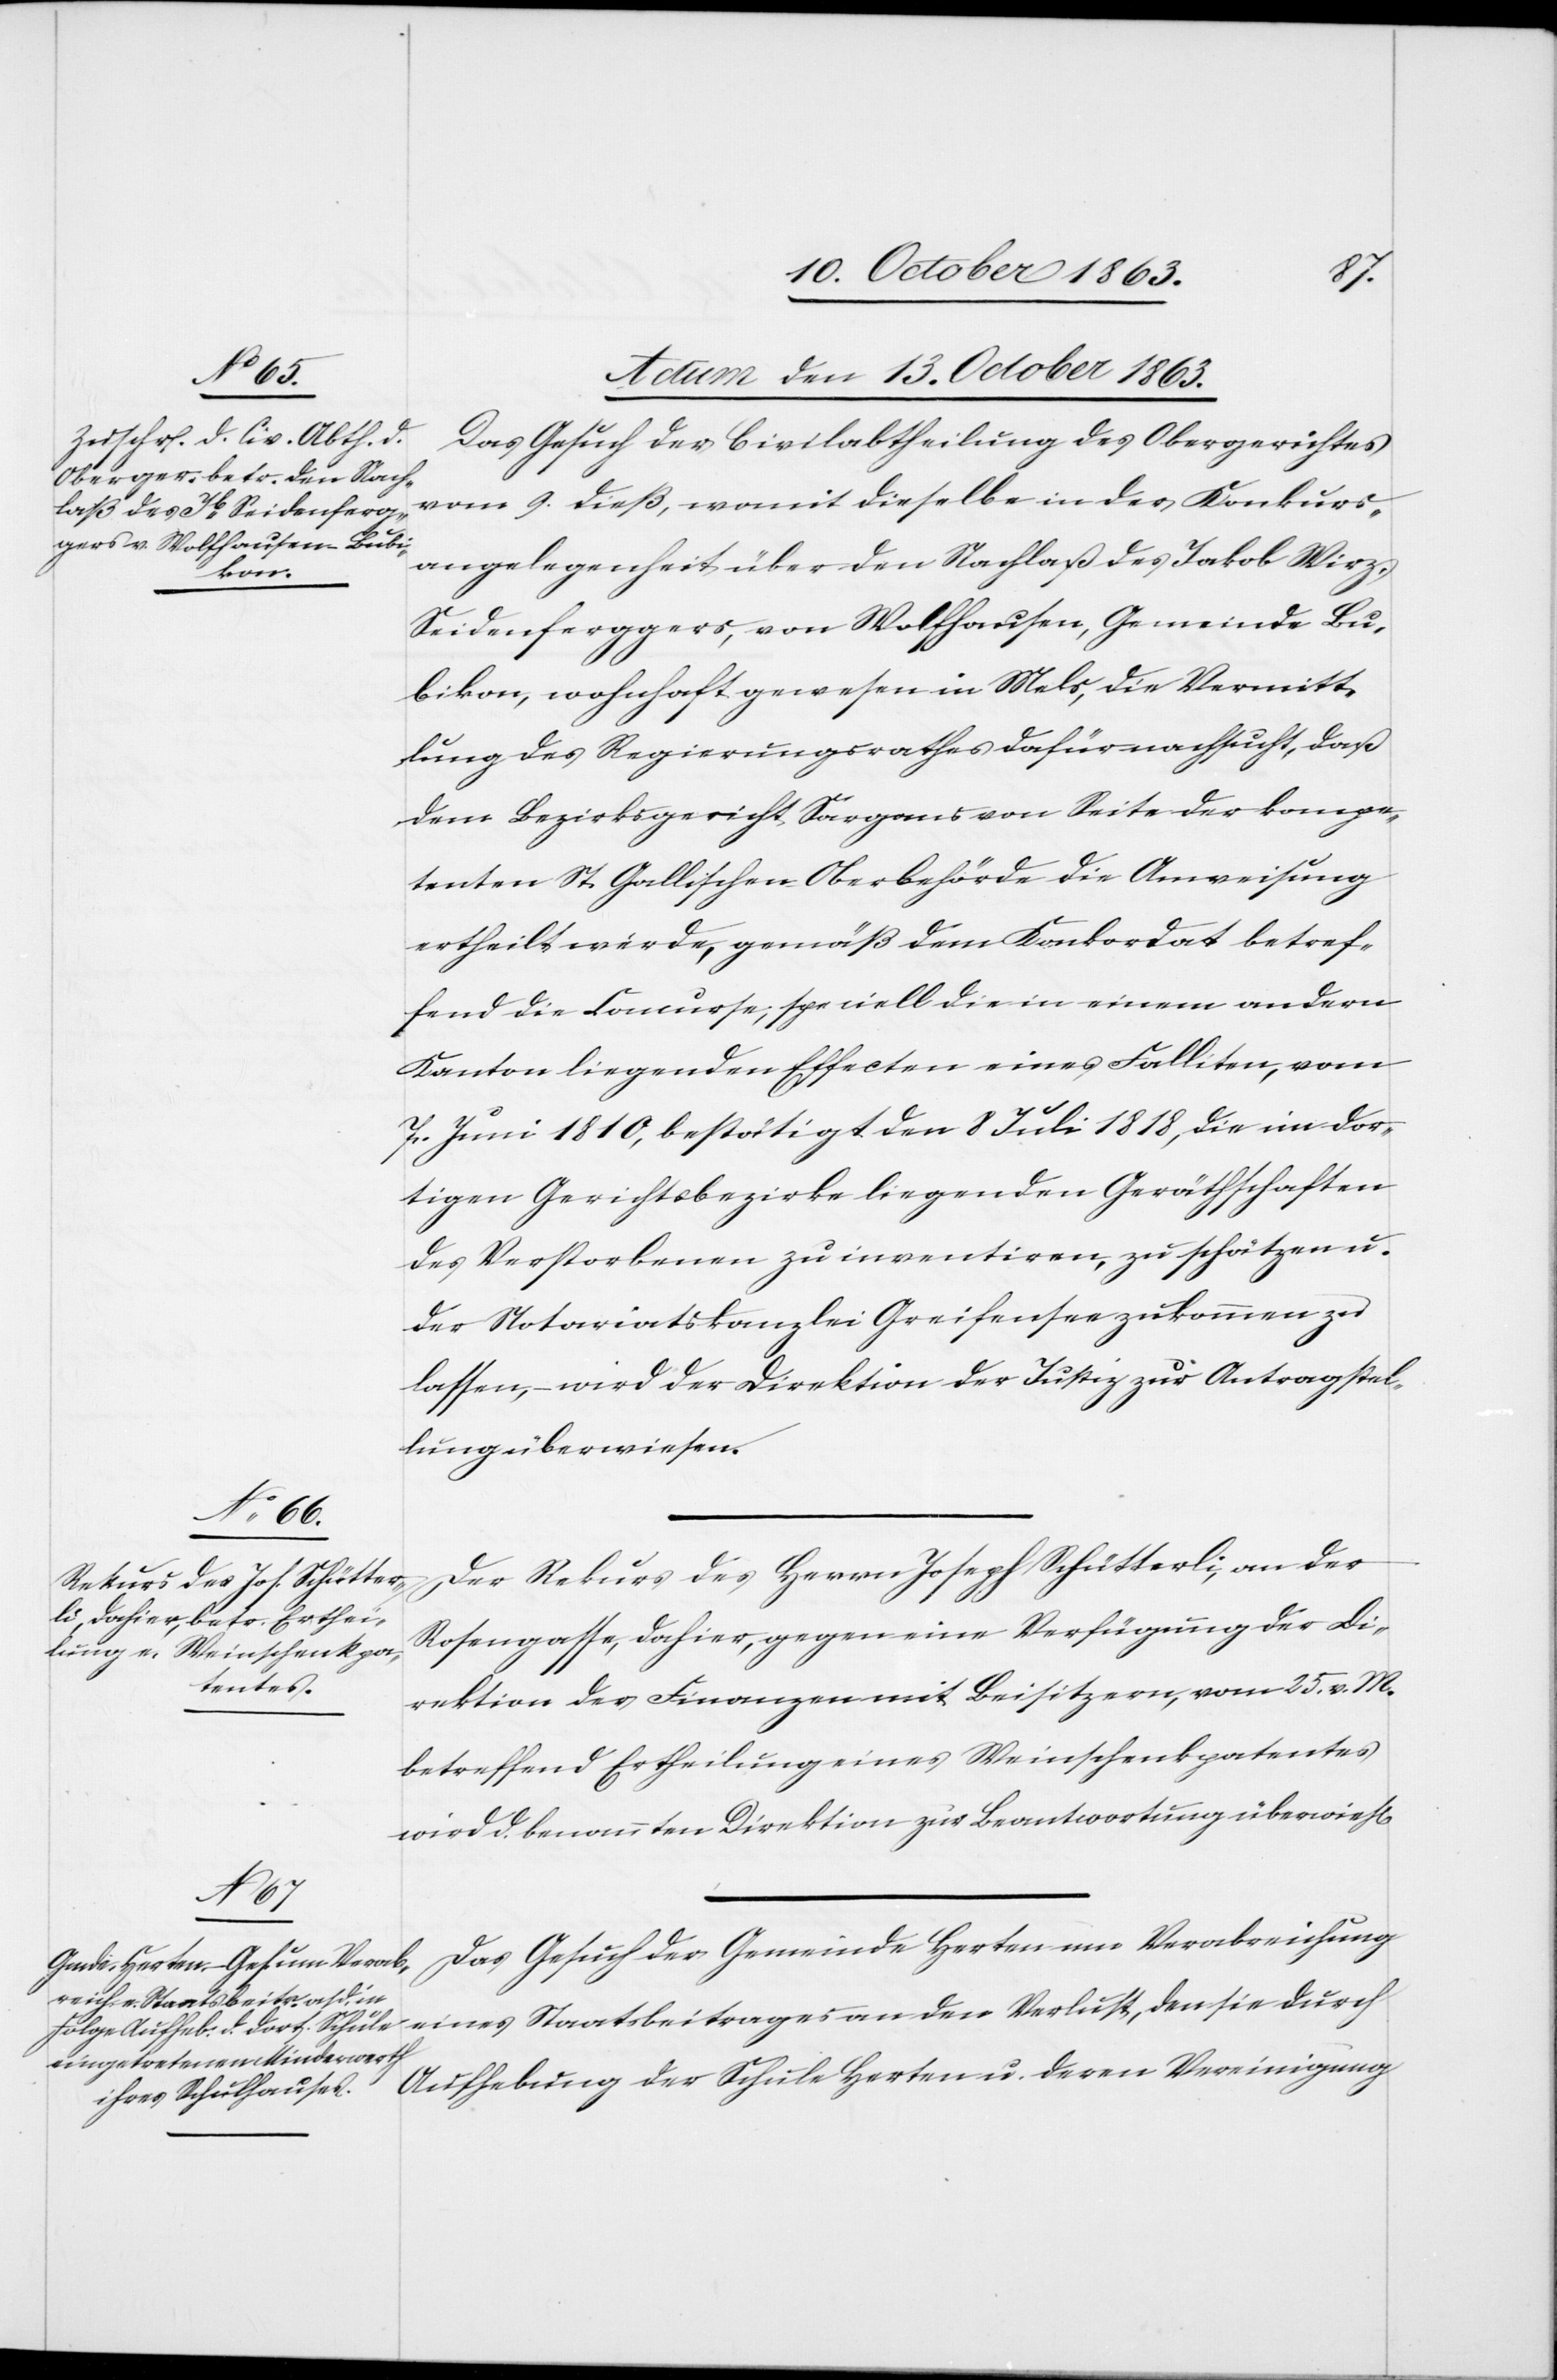
n].
Actum den 13. October 1863.]
Das Gesuch der Civilabtheilung des Obergerichtes
vom 9. dieß, womit dieselbe in der Konkurs¬
angelegenheit über den Nachlaß des Jakob Wirz,
Seidenferggers, von Wolfhausen, Gemeinde Bu¬
bikon, wohnhaft gewesen in Mels, die Vermitt¬
lung des Regierungsrathes dafür nachsucht, daß
dem Bezirksgericht Sargans von Seite der kompe¬
tenten St. Gallischen Oberbehörde die Anweisung
ertheilt werde, gemäß dem Konkordat betref¬
fend die Concurse, speciell die in einem andern
Kanton liegenden Effecten eines Falliten, vom
7. Juni 1810, bestätigt den 8 Juli 1818, die im dor¬
tigen Gerichtsbezirke liegenden Geräthschaften
des Verstorbenen zu inventiren, zu schätzen u.
der Notariatskanzlei Greifensee zukommen zu
lassen, – wird der Direktion der Justiz zur Antragstel¬
lung überwiesen.
Der Rekurs des Herrn Joseph Schütterli, an der
Rosengasse, dahier, gegen eine Verfügung der Di¬
rektion der Finanzen mit Beisitzern, vom 25. v. M.
betreffend Ertheilung eines Weinschenkpatentes
wird d. benannten Direktion zur Beantwortung überwies[e¬
Das Gesuch der Gemeinde Herten um Verabreichung
eines Staatsbeitrages an den Verlust, den sie durch
Aufhebung der Schule Herten u. deren Vereinigung